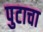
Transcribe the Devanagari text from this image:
पुटाचा